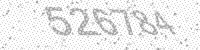
Solution: 526784